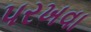
પરખવા